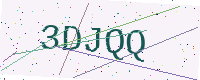
Text: 3DJQQ